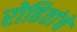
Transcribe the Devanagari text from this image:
रोहितांचे